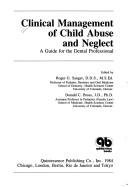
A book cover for Clinical Management of Child Abuse and Neglect: A Guide for the Dental Profession; Roger G. Sanger; Medical Books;